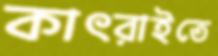
কাৎরাইতে